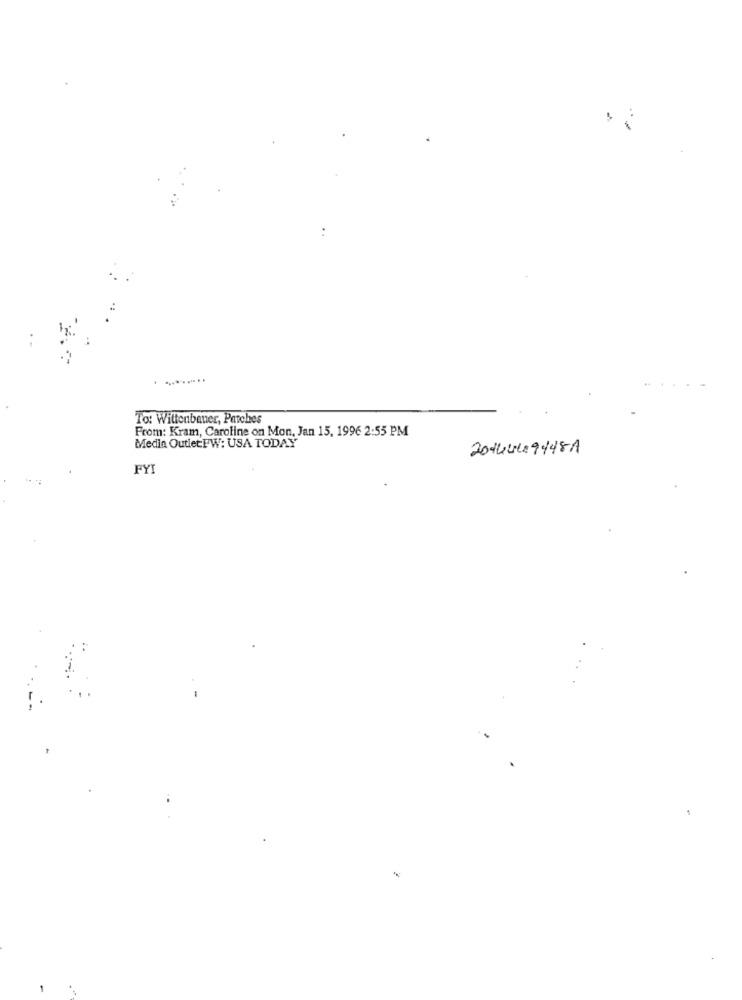
:
. ........
To: Wittenbauer, Patches
From: Kram, Caroline on Mon, Jan 15, 1996 2:55 PM
Media OutletPW: USA TODAY
2046419448A
FYI